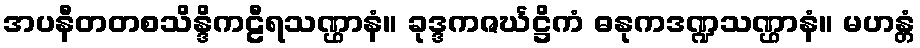
အပနီတတစသိန္ဒိကဠီရသဏ္ဌာနံ။ ခုဒ္ဒကဇင်္ဃဋ္ဌိကံ ဓနုကဒဏ္ဍသဏ္ဌာနံ။ မဟန္တံ